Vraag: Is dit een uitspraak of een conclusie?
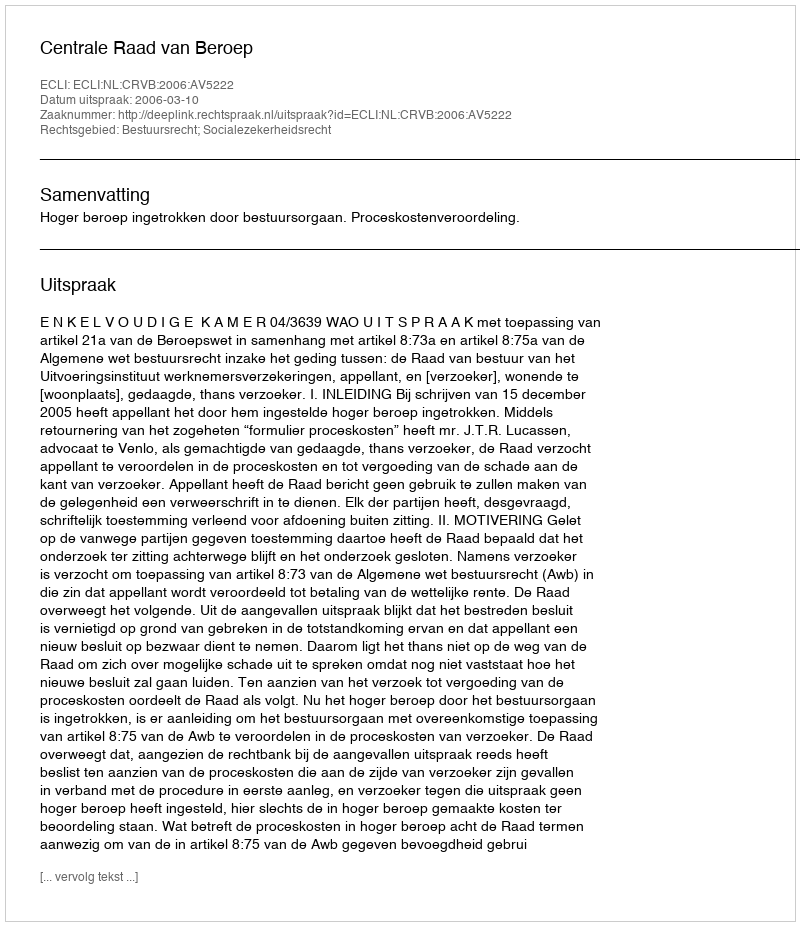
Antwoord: Uitspraak